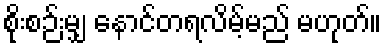
စိုးစဉ်းမျှ နောင်တရလိမ့်မည် မဟုတ်။